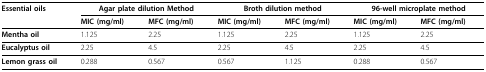
<table><thead><tr><td><b>Essential oils</b></td><td colspan="2"><b>Agar plate dilution Method</b></td><td colspan="2"><b>Broth dilution method</b></td><td colspan="2"><b>96-well microplate method</b></td></tr><tr><td></td><td><b>MIC (mg/ml)</b></td><td><b>MFC (mg/ml)</b></td><td><b>MIC (mg/ml)</b></td><td><b>MFC (mg/ml)</b></td><td><b>MIC (mg/ml)</b></td><td><b>MFC (mg/ml)</b></td></tr></thead><tbody><tr><td><b>Mentha oil</b></td><td>1.125</td><td>2.25</td><td>1.125</td><td>2.25</td><td>1.125</td><td>2.25</td></tr><tr><td><b>Eucalyptus oil</b></td><td>2.25</td><td>4.5</td><td>2.25</td><td>4.5</td><td>2.25</td><td>4.5</td></tr><tr><td><b>Lemon grass oil</b></td><td>0.288</td><td>0.567</td><td>0.567</td><td>1.125</td><td>0.288</td><td>0.567</td></tr></tbody></table>